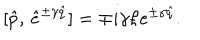
[ \hat { p } , \, \hat { e } ^ { \pm \gamma \hat { q } } ] = \mp i \gamma \hbar e ^ { \pm \gamma \hat { q } } .